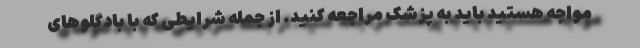
مواجه هستید باید به پزشک مراجعه کنید. از جمله شرایطی که با بادگلوهای